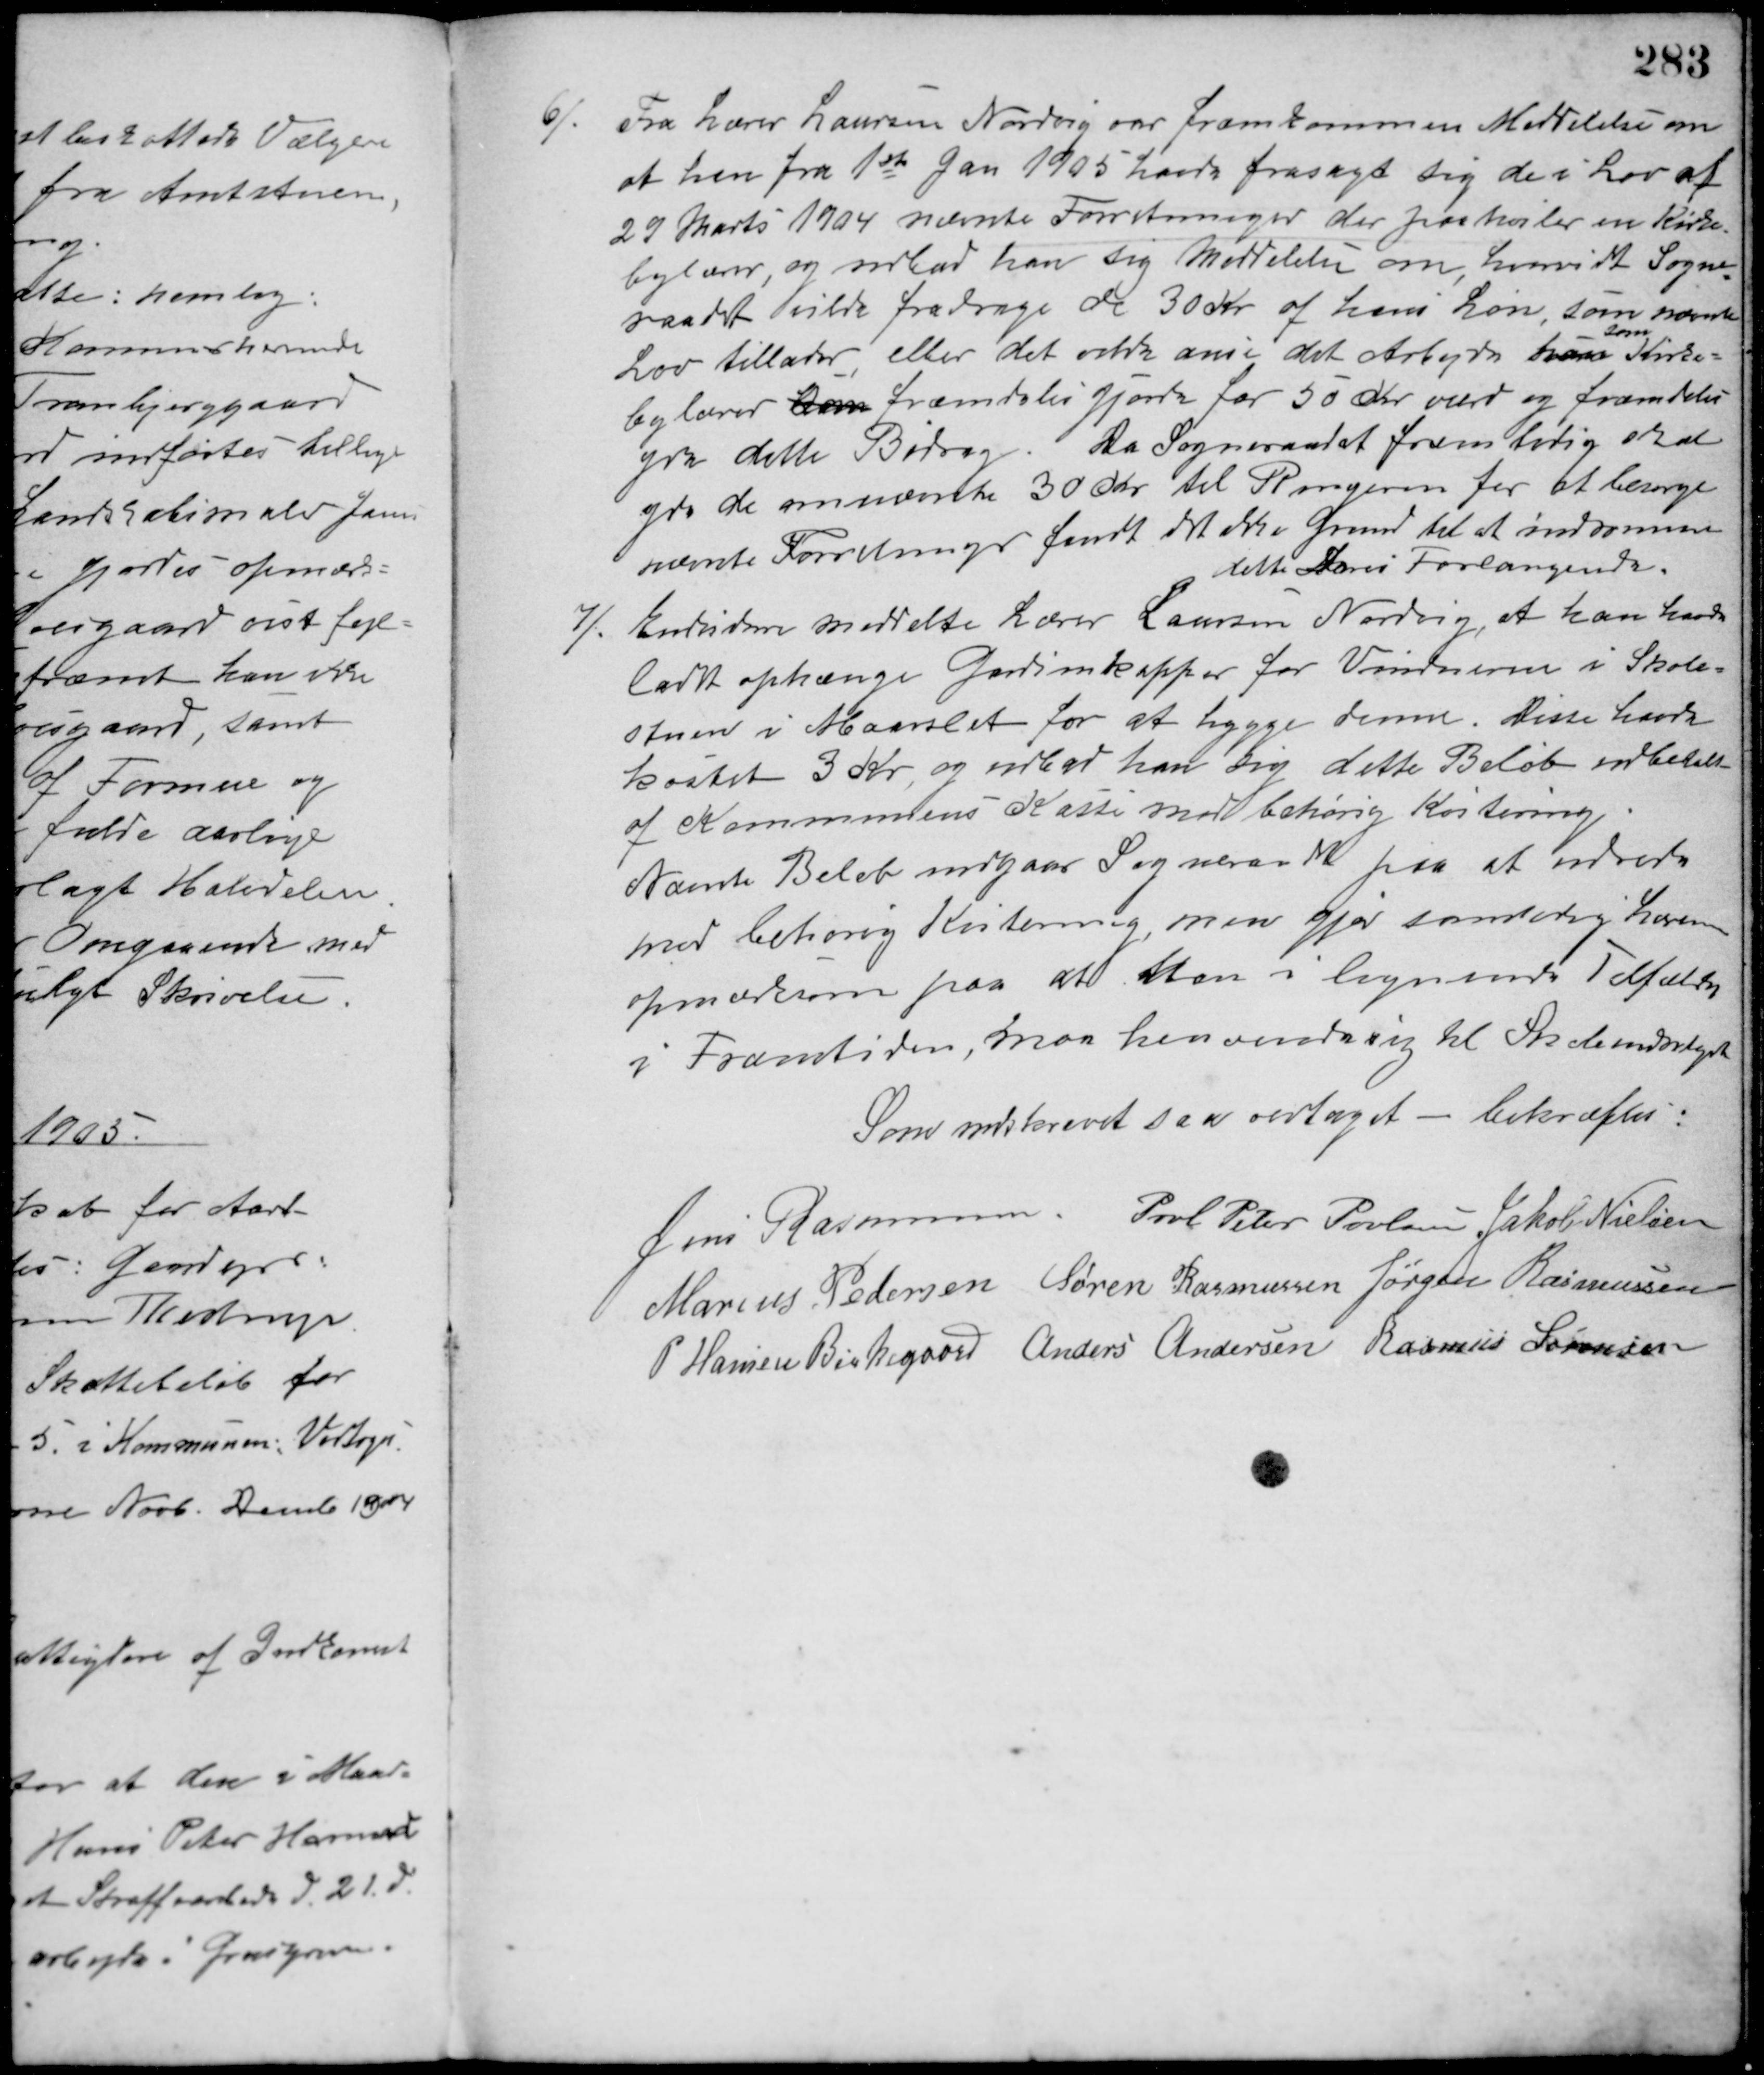
Transskription:
6/. Fra Lærer Laursen Nordvig var fremkommen Meddelelse om
at han fra 1ste Jan. 1905 havde frasagt sig de i Lov af 
29 Marts 1904 nævnte Forretninger der paahviler en Kirke-
bylærer og udbad han sig Meddelelse om, hvorvidt Sogne-
raadet vilde fradrage de 30 Kr. af hans Løn, som nævnte
Lov tillader eller det orde anse det Arbejde han
Som
Kirke-
bylærer som fremdeles gjorde for 50 Kr. over og fremdeles
fra dette Bidrag. Da Sogneraadet fremtidig skal
give de omnævnte 30 Kr. til Ringeren for at besørge
nævnte Forretninger fandt det ikke Grund til at indrømme
dette hans Forlangende.
7/. Endvidere meddelte Lærer Laursen Nordvig at han havde
ladet ophænge Gardinkapper for Vinteren i Skole-
stuen i Maarslet for at hygge denne. Disse havde
kostet 3 Kr. og udbad han sig dette Beløb udbetalt
af Kommunens Kasse mod behørig Kvitering.
Nævnte Beløb indgaar Sogneraadet paa at udrede
mod behørig Kvitering men gjør samtidig Læreren
opmærksom paa at Man i lignende Tilfælde
i Fremtiden, maa henvende sig til Skoleudvalget.
Som indskrevet saa vedtaget - bekræftes:
Jens Rasmussen Poul Peter Poulsen Jakob Nielsen
Marius Pedersen Søren Rasmussen Jørgen Rasmussen
P. Hansen Birkegaard Anders Andersen Rasmus Sørensen